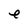
Character: e